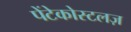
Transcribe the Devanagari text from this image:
पेंटेकोस्टलज़